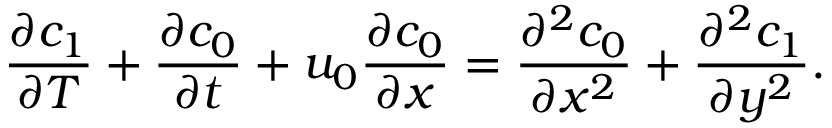
\frac { \partial c _ { 1 } } { \partial T } + \frac { \partial c _ { 0 } } { \partial t } + u _ { 0 } \frac { \partial c _ { 0 } } { \partial x } = \frac { \partial ^ { 2 } c _ { 0 } } { \partial x ^ { 2 } } + \frac { \partial ^ { 2 } c _ { 1 } } { \partial y ^ { 2 } } .